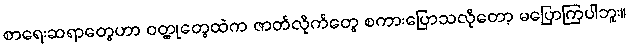
စာရေးဆရာတွေဟာ ဝတ္ထုတွေထဲက ဇာတ်လိုက်တွေ စကားပြောသလိုတော့ မပြောကြပါဘူး။